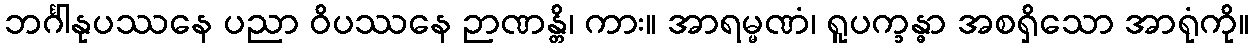
ဘင်္ဂါနုပဿနေ ပညာ ဝိပဿနေ ဉာဏန္တိ၊ ကား။ အာရမ္မဏံ၊ ရူပက္ခန္ဓာ အစရှိသော အာရုံကို။